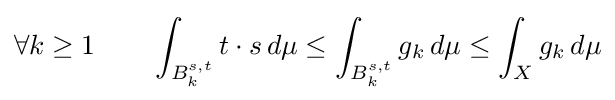
\forall k\geq 1\qquad \int _{B_{k}^{s,t}}t\cdot s\,d\mu \leq \int _{B_{k}^{s,t}}g_{k}\,d\mu \leq \int _{X}g_{k}\,d\mu